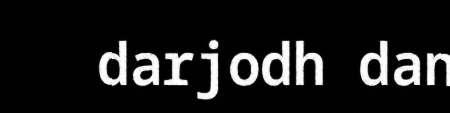
darjodh dan